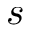
s